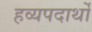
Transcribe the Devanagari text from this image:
हव्यपदार्थों